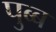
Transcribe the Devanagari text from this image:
पुब्ब